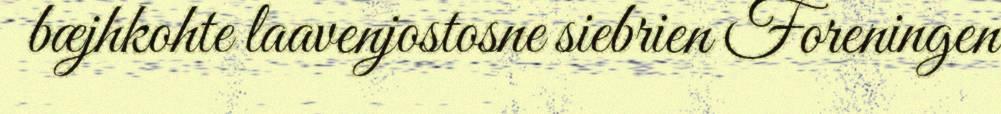
bæjhkohte laavenjostosne siebrien Foreningen